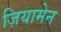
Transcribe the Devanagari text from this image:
ज़ियामेन